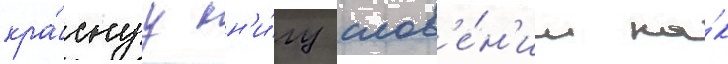
кра́снуу кн'и́гу слов'е́н'ии ка́к